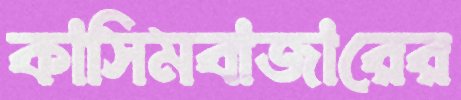
কাসিমবাজারের